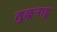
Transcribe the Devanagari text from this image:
तुळूनाडू